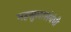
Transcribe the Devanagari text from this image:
महसुलासंबंधी